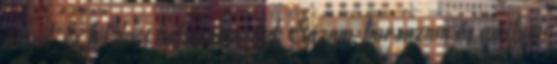
olajat, és fél deci balzsamecetet. Sózom, borsozom és amilyen